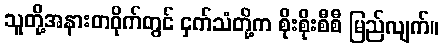
သူတို့အနားတဝိုက်တွင် ငှက်သံတို့က စိုးစိုးစီစီ မြည်လျက်။